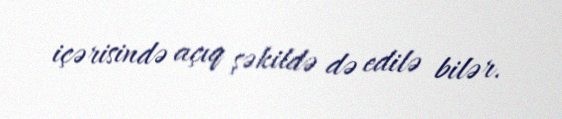
içərisində açıq şəkildə də edilə bilər.